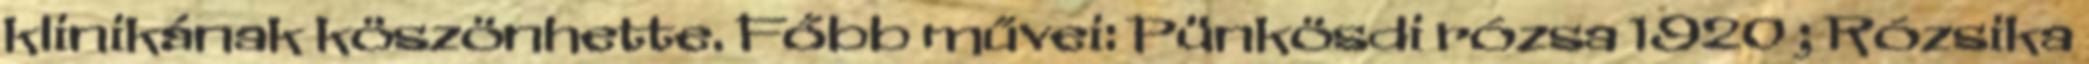
klinikának köszönhette. Főbb művei: Pünkösdi rózsa 1920 ; Rózsika